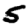
Digit: 5